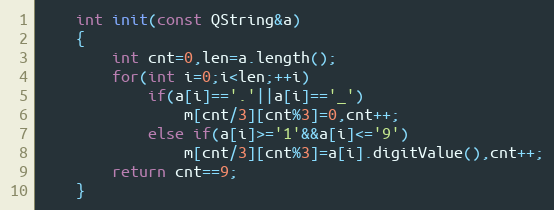
Language: C
    int init(const QString&a)
    {
        int cnt=0,len=a.length();
        for(int i=0;i<len;++i)
            if(a[i]=='.'||a[i]=='_')
                m[cnt/3][cnt%3]=0,cnt++;
            else if(a[i]>='1'&&a[i]<='9')
                m[cnt/3][cnt%3]=a[i].digitValue(),cnt++;
        return cnt==9;
    }